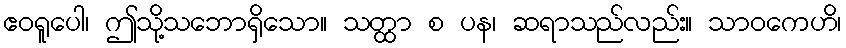
ဧဝရူပေါ၊ ဤသို့သဘောရှိသော။ သတ္ထာ စ ပန၊ ဆရာသည်လည်း။ သာဝကေဟိ၊